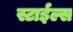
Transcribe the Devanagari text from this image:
स्टाईल्स